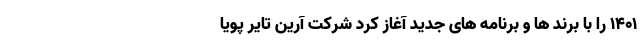
1401 را با برند ها و برنامه های جدید آغاز کرد شرکت آرین تایر پویا